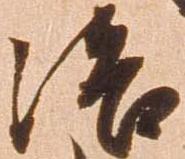
洛